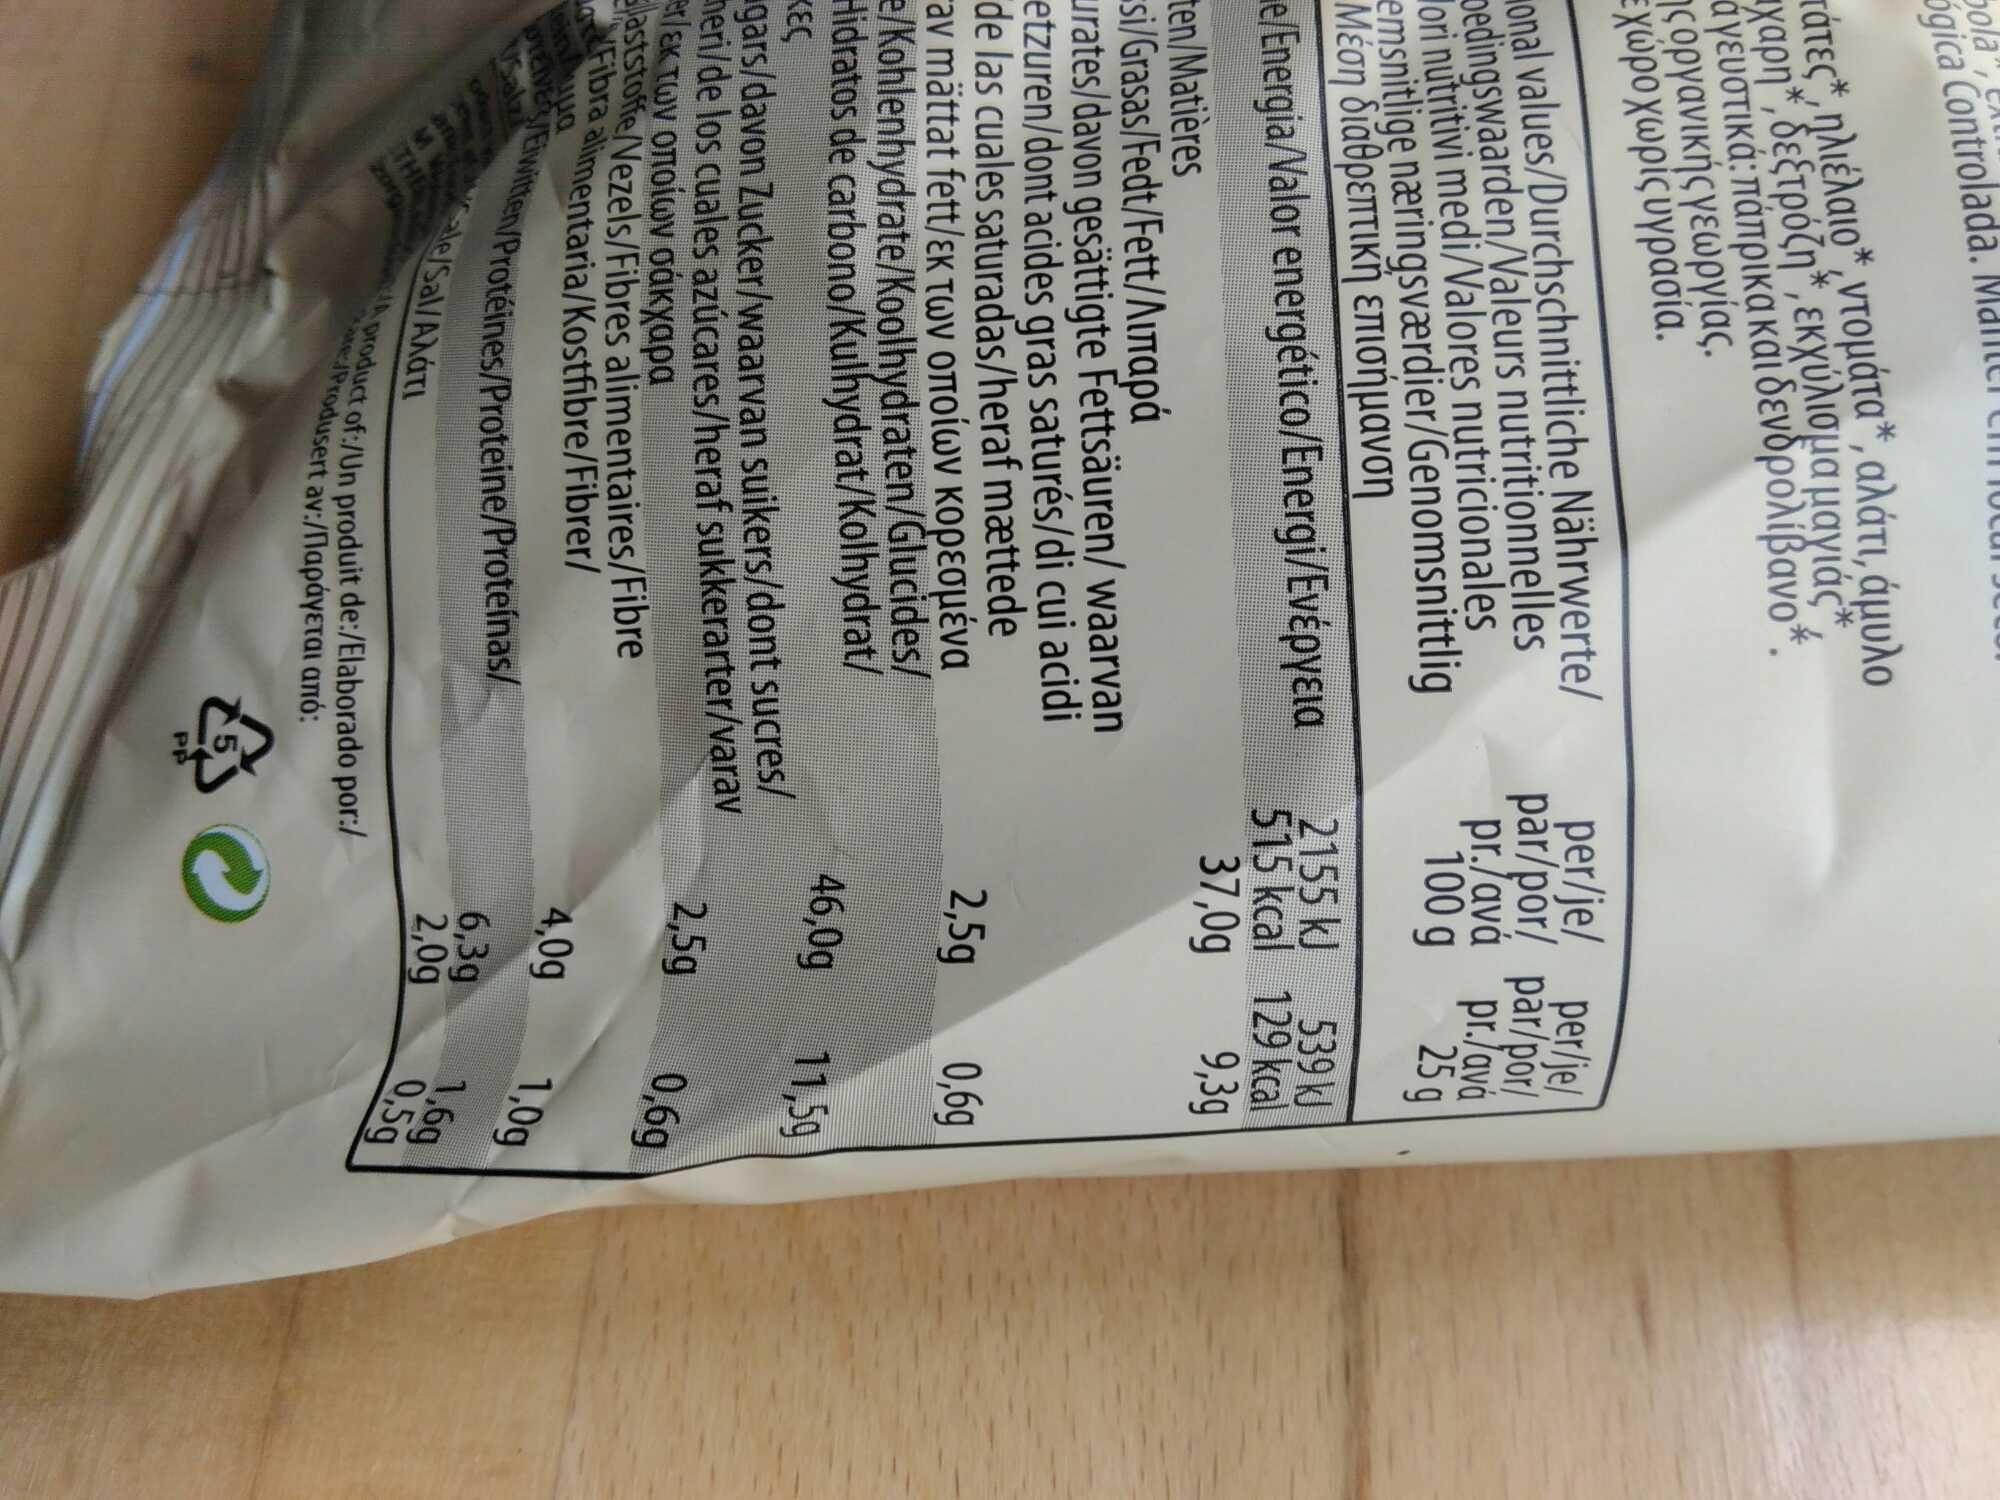
ola
ógica Controlada.
χαρη
τάτες*, ηλιέλαιο*, ντομάτα *, αλάτι, άμυλο * δεξτρόζη*, εκχύλισμα μαγιάς αγευστικά: πάπρικα και δενδρολίβανο. ης οργανικής γεωργίας. χώρο χωρίς υγρασία.
ional values/Durchschnittliche Nährwerte/ bedingswaarden/Valeurs nutritionnelles lori nutritivi medi/Valores nutricionales emsnitlige næringsværdier/Genomsnittlig Μέση διαθρεπτική επισήμανση
e/Energia/Valor energético/Energi/Ενέργεια
ten/Matières
si/Grasas/Fedt/Fett/Λιπαρά irates/davon gesättigte Fettsäuren/ waarvan etzuren/dont acides gras saturés/di cui acidi de las cuales saturadas/heraf mættede av mättat fett/εκ των οποίων κορεσμένα e/Kohlenhydrate/Koolhydraten/Glucides/ Hidratos de carbono/Kulhydrat/Kolhydrat/
τες
Salz
per/je/per/je/ par/por/par/por/ pr./ανά pr./ανά 100 g
25 g
gars/davon Zucker/waarvan suikers/dont sucres/ meri/de los cuales azúcares/heraf sukkerarter/varav mar/εκ των οποίων σάκχαρα laststoffe/Vezels/Fibres alimentaires/Fibre Fibra alimentaria/Kostfibre/Fibrer/ PENVER/Eiwitten/Protéines/Proteine/Proteínas/
Ιστο
* sle/Sal/Αλάτι
2155 kJ
515 kcal
37,0g
10 product of:/Un produit de:/Elaborado por:/
att JProdusert av /Παράγεται από:
δ
2,5g
46,09
2,5g
4,09
6,3g
2,0g
539 kJ
129 kcal
9,3g
0,69
11,59
0,6g
1,09
1,6g
0,59